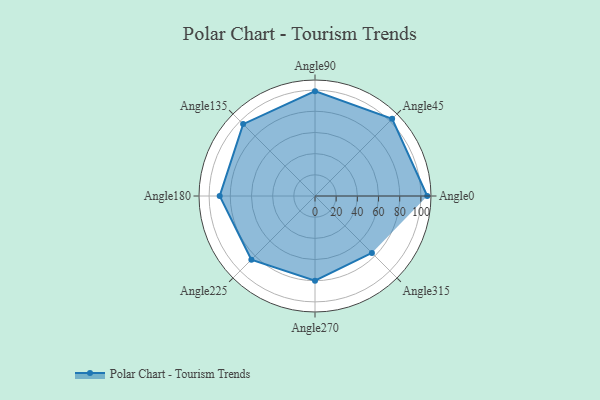
{"axis": {"x": "Angle", "y": "Radius"}, "legend": [""], "data": [{"x": "Angle0", "y": 106.0, "type": ""}, {"x": "Angle45", "y": 103.0, "type": ""}, {"x": "Angle90", "y": 99.0, "type": ""}, {"x": "Angle135", "y": 96.0, "type": ""}, {"x": "Angle180", "y": 90.0, "type": ""}, {"x": "Angle225", "y": 85.0, "type": ""}, {"x": "Angle270", "y": 80.0, "type": ""}, {"x": "Angle315", "y": 76.0, "type": ""}]}